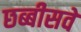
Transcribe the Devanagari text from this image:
छब्बीसवें